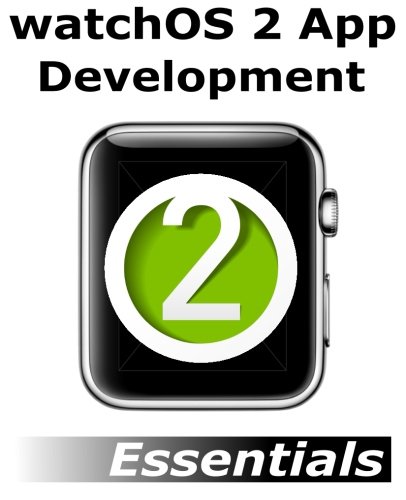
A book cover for watchOS 2 App Development Essentials: Developing WatchKit Apps for the Apple Watch; Neil Smyth; Computers & Technology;